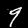
Label: 9